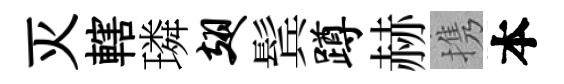
灭轄璘翅鬂蹲赫携本